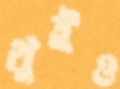
থুইও